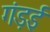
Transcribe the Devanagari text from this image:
गंड़ई